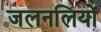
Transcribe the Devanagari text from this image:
जलनलियों